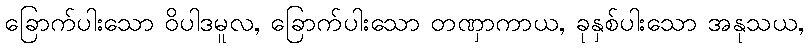
ခြောက်ပါးသော ဝိပါဒမူလ, ခြောက်ပါးသော တဏှာကာယ, ခုနှစ်ပါးသော အနုသယ,